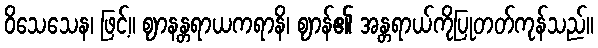
ဝိသေသေန၊ ဖြင့်။ ဈာနန္တရာယကရာနိ၊ ဈာန်၏ အန္တရာယ်ကိုပြုတတ်ကုန်သည်။